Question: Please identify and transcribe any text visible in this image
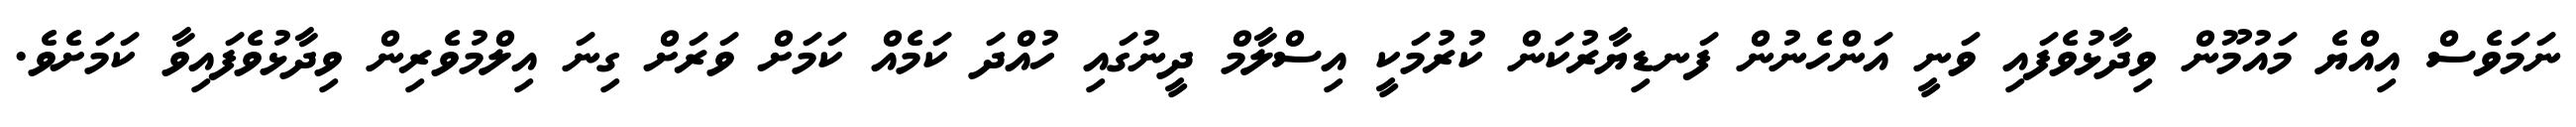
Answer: ނަމަވެސް އިއްޔެ މައުމޫން ވިދާޅުވެފައި ވަނީ އަންހެނުން ފަނޑިޔާރުކަން ކުރުމަކީ އިސްލާމް ދީނުގައި ހުއްދަ ކަމެއް ކަމަށް ވަރަށް ގިނަ އިލްމުވެރިން ވިދާޅުވެފައިވާ ކަމަށެވެ.